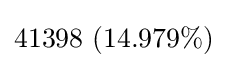
41398\ (14.979\%)